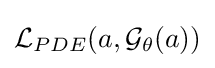
{\mathcal {L}}_{PDE}(a,{\mathcal {G}}_{\theta }(a))